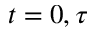
t = 0 , \tau